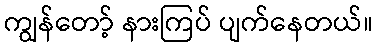
ကျွန်တော့် နားကြပ် ပျက်နေတယ်။